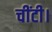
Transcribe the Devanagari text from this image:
चींटी।